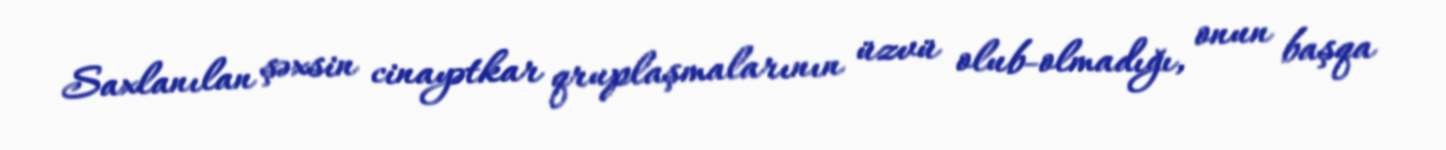
Saxlanılan şəxsin cinayətkar qruplaşmalarının üzvü olub-olmadığı, onun başqa